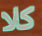
كلا